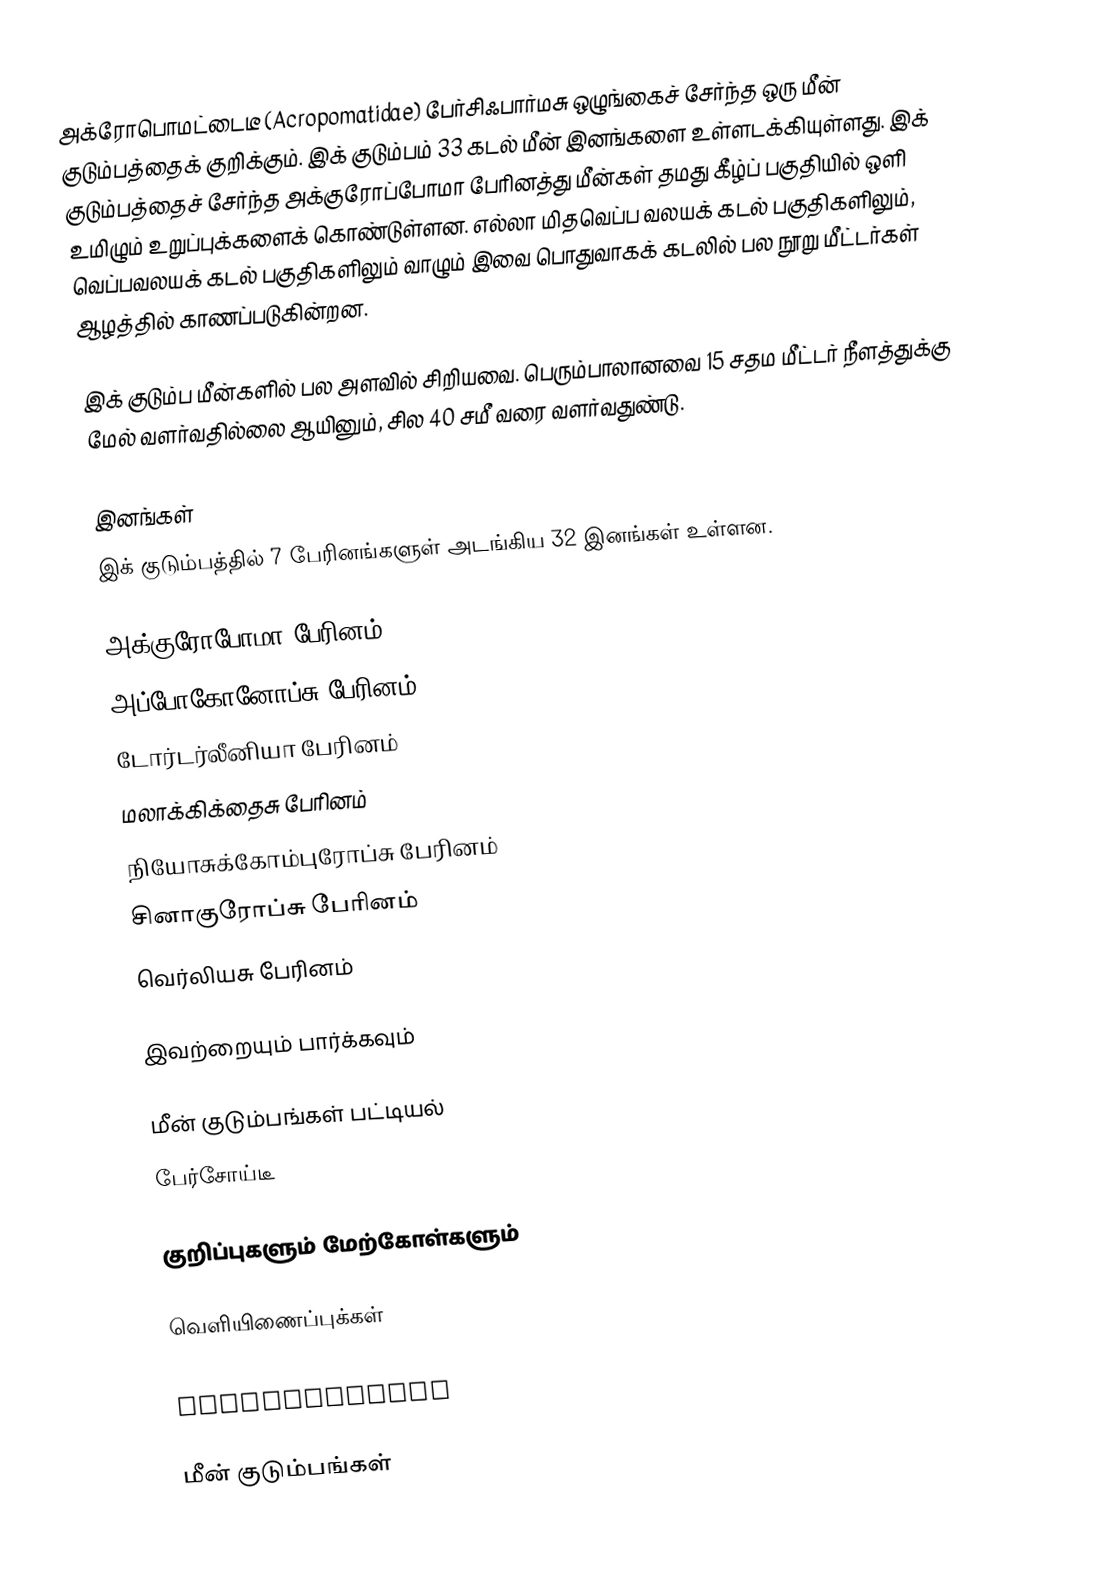
அக்ரோபொமட்டைடீ (Acropomatidae) பேர்சிஃபார்மசு ஒழுங்கைச் சேர்ந்த ஒரு மீன் குடும்பத்தைக் குறிக்கும். இக் குடும்பம் 33 கடல் மீன் இனங்களை உள்ளடக்கியுள்ளது. இக் குடும்பத்தைச் சேர்ந்த அக்குரோப்போமா பேரினத்து மீன்கள் தமது கீழ்ப் பகுதியில் ஒளி உமிழும் உறுப்புக்களைக் கொண்டுள்ளன. எல்லா மிதவெப்ப வலயக் கடல் பகுதிகளிலும், வெப்பவலயக் கடல் பகுதிகளிலும் வாழும் இவை பொதுவாகக் கடலில் பல நூறு மீட்டர்கள் ஆழத்தில் காணப்படுகின்றன.

இக் குடும்ப மீன்களில் பல அளவில் சிறியவை. பெரும்பாலானவை 15 சதம மீட்டர் நீளத்துக்கு மேல் வளர்வதில்லை ஆயினும், சில 40 சமீ வரை வளர்வதுண்டு.

இனங்கள்
இக் குடும்பத்தில் 7 பேரினங்களுள் அடங்கிய 32 இனங்கள் உள்ளன.

 அக்குரோபோமா பேரினம்
 அப்போகோனோப்சு பேரினம்
 டோர்டர்லீனியா பேரினம்
 மலாக்கிக்தைசு பேரினம்
 நியோசுக்கோம்புரோப்சு பேரினம்
 சினாகுரோப்சு பேரினம்
 வெர்லியசு பேரினம்

இவற்றையும் பார்க்கவும்

 மீன் குடும்பங்கள் பட்டியல்
 பேர்சோய்டீ

குறிப்புகளும் மேற்கோள்களும்

வெளியிணைப்புக்கள்
 MarineSpecies
 Acropomatidae

மீன் குடும்பங்கள்